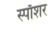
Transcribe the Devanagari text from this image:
स्पाँशर